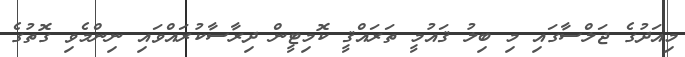
މިއަދުގެ ޖަލްސާގައި މި ބިލު ޤައުމީ ތަރައްޤީ ކޮމިޓީން ދިރާސާކުރައްވައި ނިންމެވި ގޮތުގެ